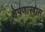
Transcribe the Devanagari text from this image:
क्षेपणास्त्रास